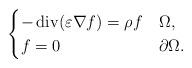
LaTeX: \begin{align*} \begin{cases}-\operatorname{div}(\varepsilon \nabla f)=\rho f & \Omega,\\f=0 & \partial \Omega.\end{cases}\end{align*}